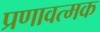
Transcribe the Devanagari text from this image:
प्रणावत्मक